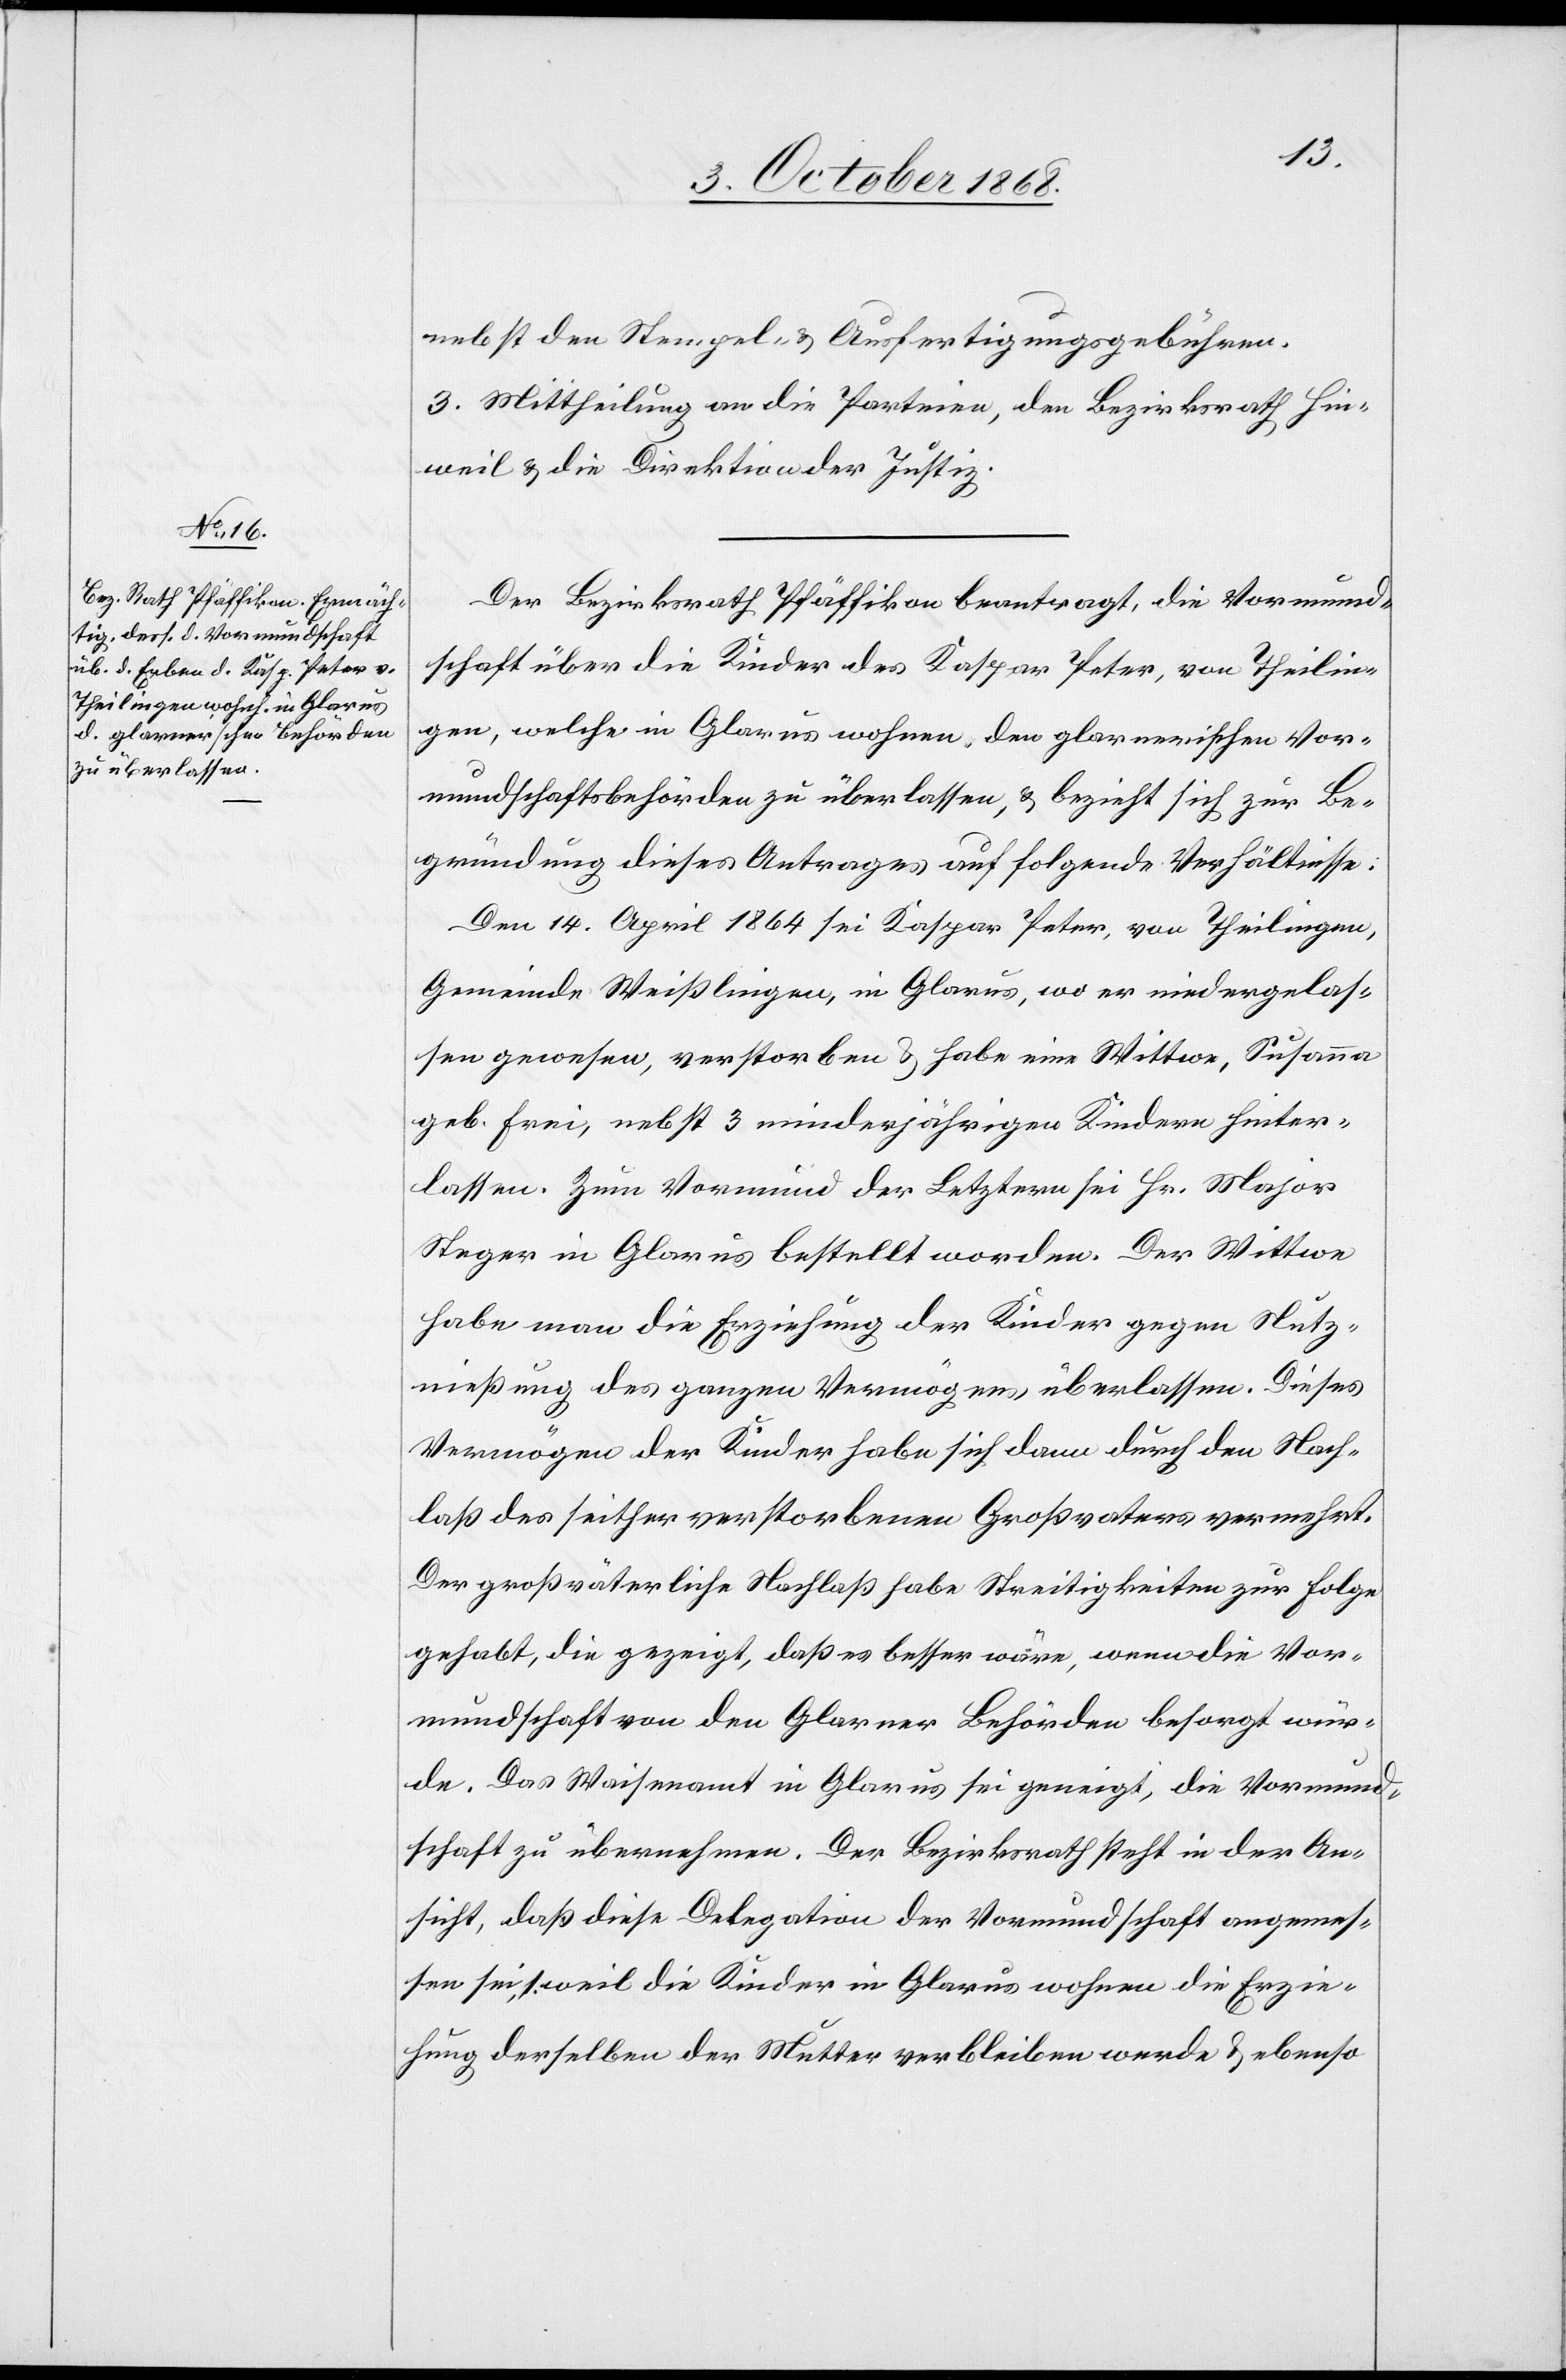
nebst den Stempel- & Ausfertigungsgebühren.
3. Mittheilung an die Parteien, den Bezirksrath Hin¬
weil & die Direktion der Justiz.
Der Bezirksrath Pfäffikon beantragt, die Vormund¬
schaft über die Kinder des Kaspar Peter, von Theilin¬
gen, welche in Glarus wohnen, den glarnerischen Vor¬
mundschaftsbehörden zu überlassen, & bezieht sich zur Be¬
gründung dieses Antrages auf folgende Verhältnisse:
Den 14. April 1864 sei Kaspar Peter, von Theilingen,
Gemeinde Weißlingen, in Glarus, wo er niedergelas¬
sen gewesen, verstorben & habe eine Wittwe, Susanna
geb. Frei, nebst 3 minderjährigen Kindern hinter¬
lassen. Zum Vormund der Letztern sei Hr. Major
Steger in Glarus bestellt worden. Der Wittwe
habe man die Erziehung der Kinder gegen Nutz¬
nießung des ganzen Vermögens überlassen. Dieses
Vermögen der Kinder habe sich dann durch den Nach¬
laß des seither verstorbenen Großvaters vermehrt.
Der großväterliche Nachlaß habe Streitigkeiten zur Folge
gehabt, die gezeigt, daß es besser wäre, wenn die Vor¬
mundschaft von den Glarner Behörden besorgt wür¬
de. Das Waisenamt in Glarus sei geneigt, die Vormund¬
schaft zu übernehmen. Der Bezirksrath steht in der An¬
sicht, daß diese Delegation der Vormundschaft angemes¬
sen sei, 1. weil die Kinder in Glarus wohnen[,] die Erzie¬
hung derselben der Mutter verbleiben werde & ebenso